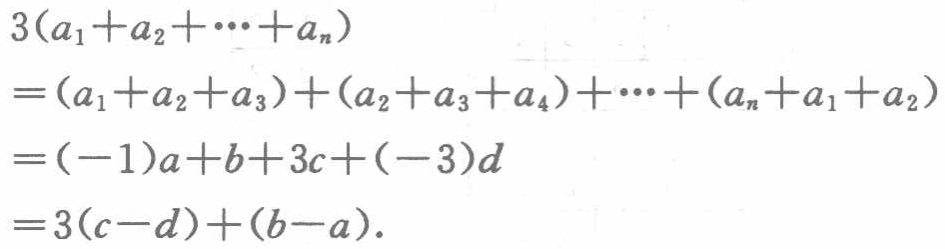
\[

\begin{align*}

&3(a_{1}+a_{2}+\cdots +a_{n})\\

=&(a_{1}+a_{2}+a_{3})+(a_{2}+a_{3}+a_{4})+\cdots+(a_{n}+a_{1}+a_{2})\\

=&(-1)a + b+3c+(-3)d\\

=&3(c - d)+(b - a).

\end{align*}

\]